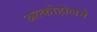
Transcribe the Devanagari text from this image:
अल्कोहोलने